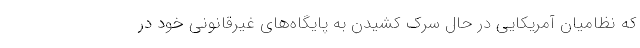
که نظامیان آمریکایی در حال سرک کشیدن به پایگاه‌های غیرقانونی خود در